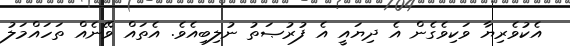
އެކުވެރިޔާ ވަކިވެގެން އެ ދިޔައީ އެ ފުރުޞަތު ނުލިބިއެވެ. އެތައް ވޭނެއް ތަހައްމަލު